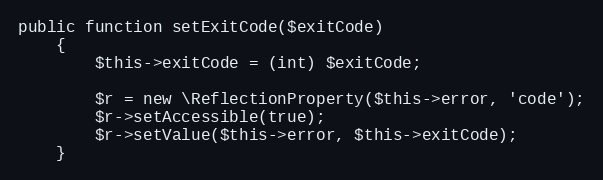
Language: PHP
public function setExitCode($exitCode)
    {
        $this->exitCode = (int) $exitCode;

        $r = new \ReflectionProperty($this->error, 'code');
        $r->setAccessible(true);
        $r->setValue($this->error, $this->exitCode);
    }